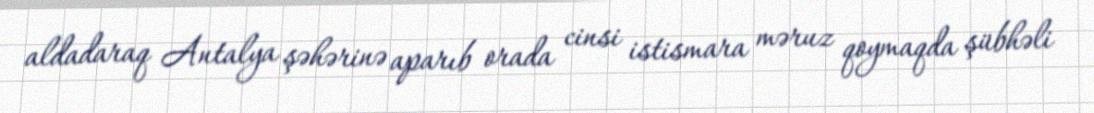
aldadaraq Antalya şəhərinə aparıb orada cinsi istismara məruz qoymaqda şübhəli